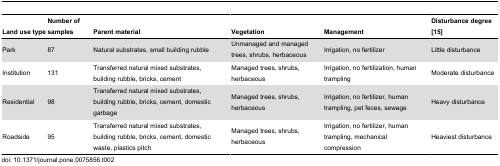
<table><thead><tr><td><b>Land use type</b></td><td><b>Number of samples</b></td><td><b>Parent material</b></td><td><b>Vegetation</b></td><td><b>Management</b></td><td><b>Disturbance degree [15]</b></td></tr></thead><tbody><tr><td>Park</td><td>87</td><td>Natural substrates, small building rubble</td><td>Unmanaged and managed trees, shrubs, herbaceous</td><td>Irrigation, no fertilizer</td><td>Little disturbance</td></tr><tr><td>Institution</td><td>131</td><td>Transferred natural mixed substrates, building rubble, bricks, cement</td><td>Managed trees, shrubs, herbaceous</td><td>Irrigation, no fertilization, human trampling</td><td>Moderate disturbance</td></tr><tr><td>Residential</td><td>98</td><td>Transferred natural mixed substrates, building rubble, bricks, cement, domestic garbage</td><td>Managed trees, shrubs, herbaceous</td><td>Irrigation, no fertilizer, human trampling, pet feces, sewage</td><td>Heavy disturbance</td></tr><tr><td>Roadside</td><td>95</td><td>Transferred natural mixed substrates, building rubble, bricks, cement, domestic waste, plastics pitch</td><td>Managed trees, shrubs, herbaceous</td><td>Irrigation, no fertilizer, human trampling, mechanical compression</td><td>Heaviest disturbance</td></tr></tbody></table>